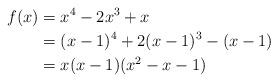
LaTeX: \begin{align*} f(x) & = x^4 -2x^3+ x \\ & = (x-1)^4 +2(x-1)^3 -(x-1) \\ & = x(x-1)(x^2 - x - 1) \end{align*}